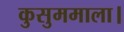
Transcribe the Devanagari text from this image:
कुसुममाला।